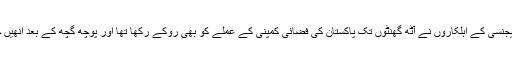
نیشنل کرائم ایجنسی کے اہلکاروں نے آٹھ گھنٹوں تک پاکستان کی فضائی کمپنی کے عملے کو بھی روکے رکھا تھا اور پوچھ گچھ کے بعد انھیں جانے دیا تھا۔